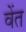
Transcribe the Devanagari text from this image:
वेंत